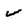
Character: v